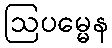
ဩပမ္မေန